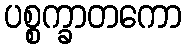
ပစ္စက္ခာတကော